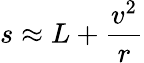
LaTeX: s\approx L+{\frac{v^{2}}{r}}